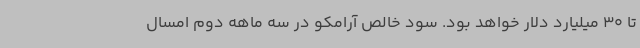
تا 30 میلیارد دلار خواهد بود. سود خالص آرامکو در سه ماهه دوم امسال